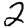
Digit: 2